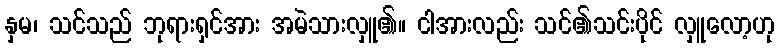
နှမ၊ သင်သည် ဘုရားရှင်အား အမဲသားလှူ၏။ ငါအားလည်း သင်၏သင်းပိုင် လှူလော့ဟု